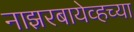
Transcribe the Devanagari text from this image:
नाझरबायेव्हच्या